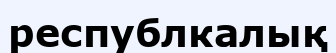
республкалық